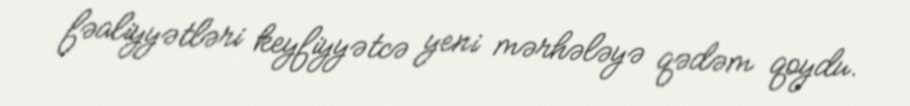
fəaliyyətləri keyfiyyətcə yeni mərhələyə qədəm qoydu.